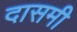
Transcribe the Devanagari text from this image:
दासमी